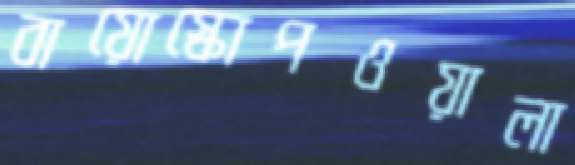
বায়োস্কোপওয়ালা